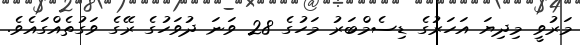
މަރުވީ މިދިޔަ އަހަރުގެ ޑިސެމްބަރު މަހުގެ 28 ވަނަ ދުވަހުގެ ރޭގެ ވަގުތެއްގައެވެ.